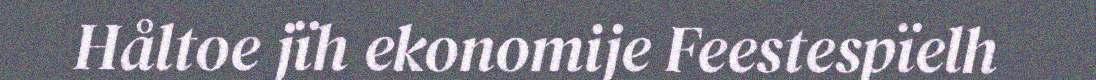
Håltoe jïh ekonomije Feestespïelh